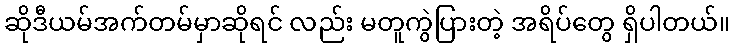
ဆိုဒီယမ်အက်တမ်မှာဆိုရင် လည်း မတူကွဲပြားတဲ့ အရိပ်တွေ ရှိပါတယ်။